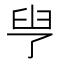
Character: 𦥗